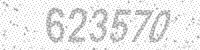
Solution: 623570